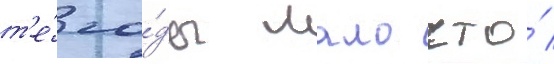
т'е́ го́ды мало что́